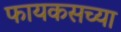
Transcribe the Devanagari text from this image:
फायकसच्या